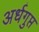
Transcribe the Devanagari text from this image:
अर्धगुप्त